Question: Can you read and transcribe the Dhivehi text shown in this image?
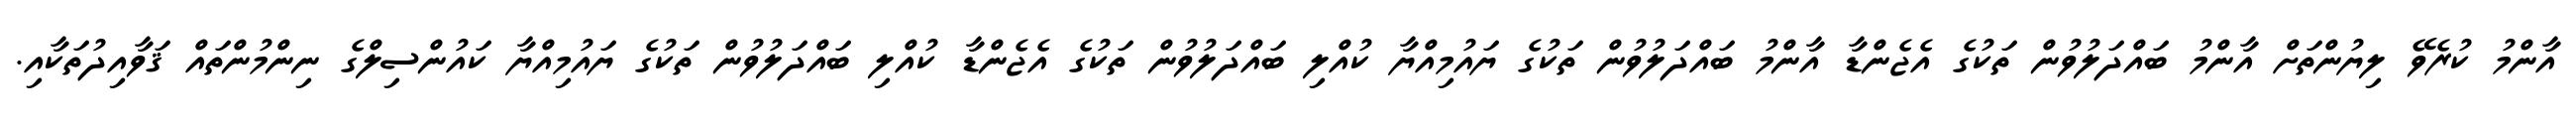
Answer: އާންމު ކުރެވޭ ލިޔުންތަށް އާންމު ބައްދަލުވުން ތަކުގެ އެޖެންޑާ އާންމު ބައްދަލުވުން ތަކުގެ ޔައުމިއްޔާ ކުއްލި ބައްދަލުވުން ތަކުގެ އެޖެންޑާ ކުއްލި ބައްދަލުވުން ތަކުގެ ޔައުމިއްޔާ ކައުންސިލްގެ ނިންމުންތައް ޤަވާއިދުތަކާއި.